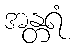
အန္တရံ